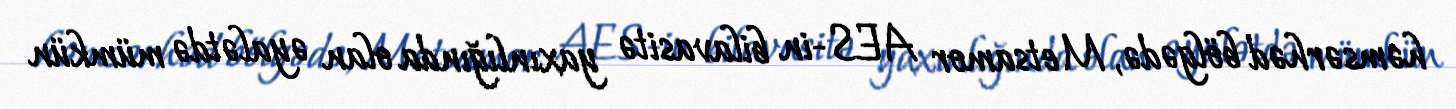
həmsərhəd bölgədə, Metsamor AES-in bilavasitə yaxınlığında olan əyalətdə mümkün